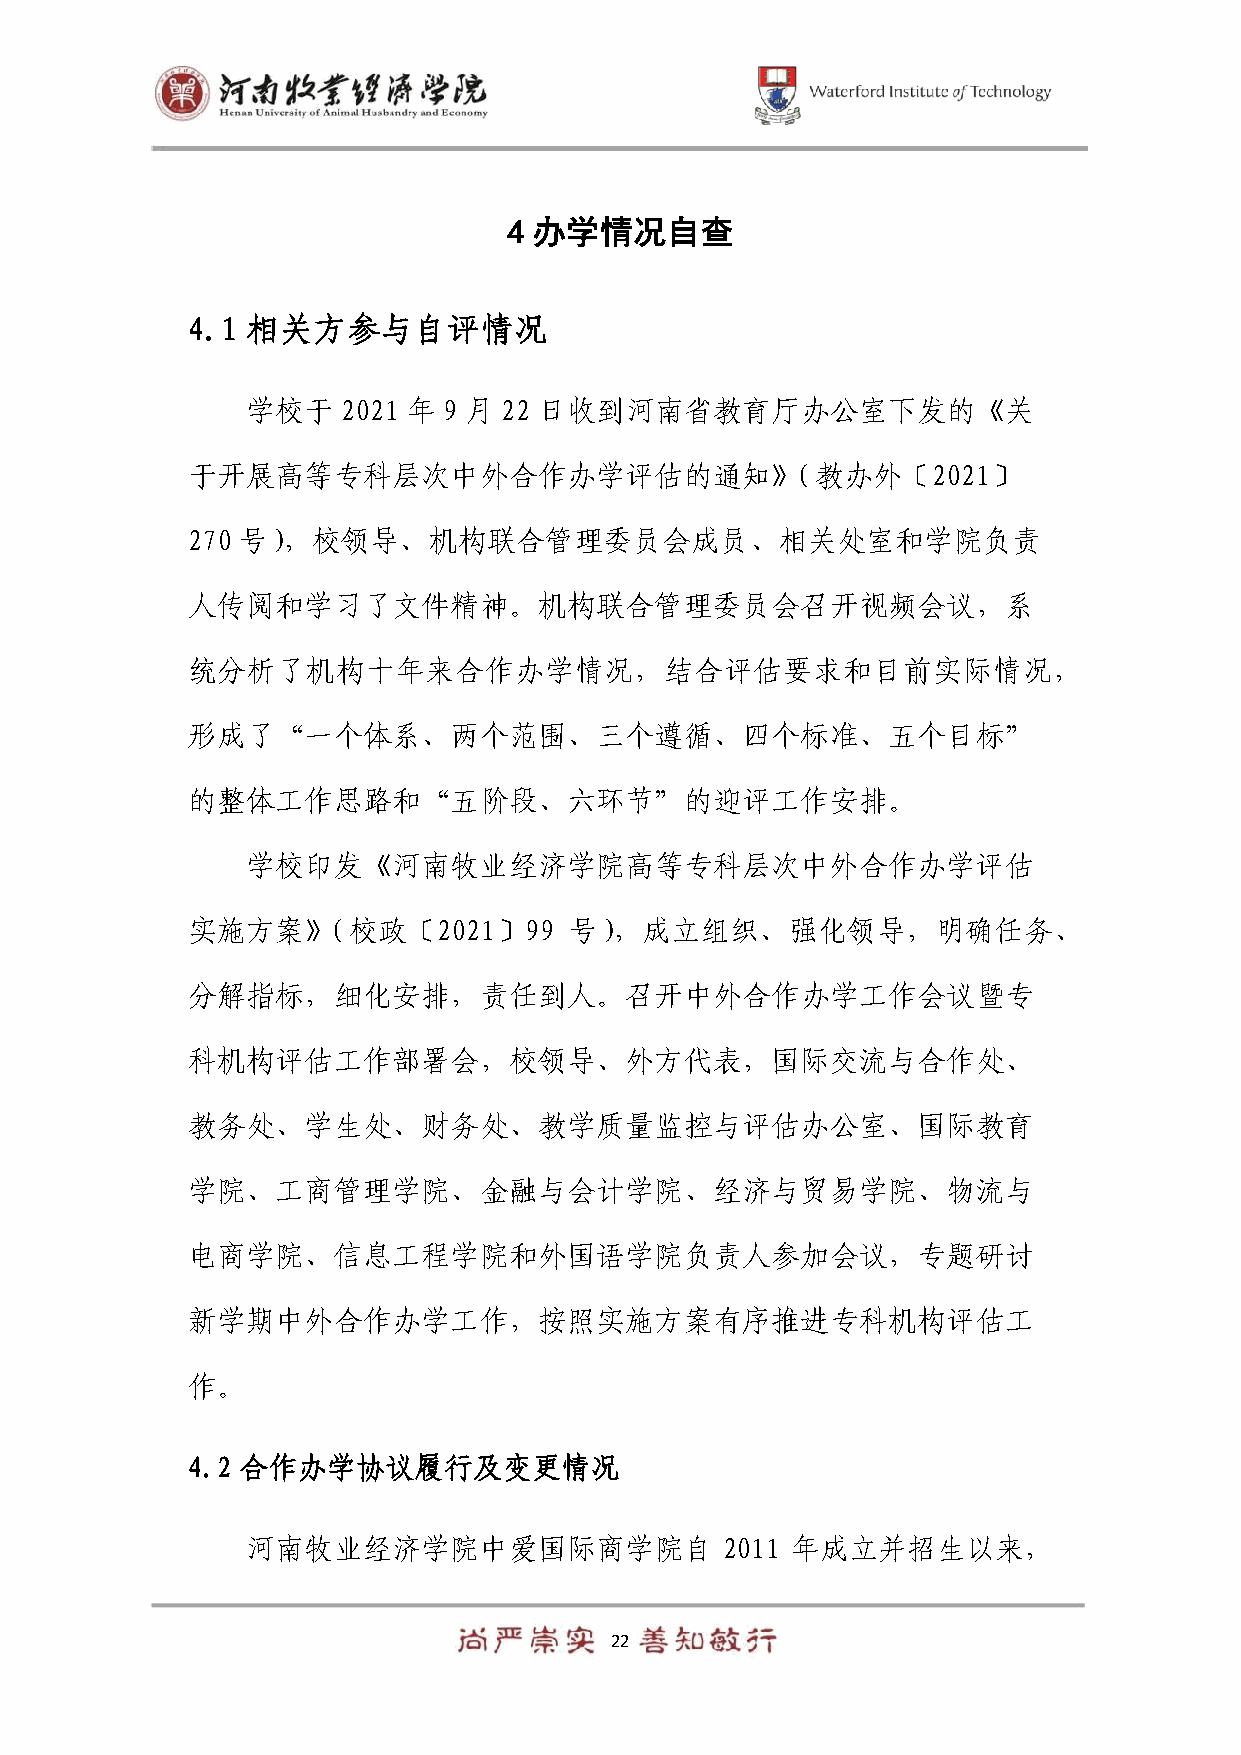
4 办学情况自查
 4.1 相关方参与自评情况
 学校于    2021 年 9 月 22 日收到河南省教育厅办公室下发的《关
 于开展高等专科层次中外合作办学评估的通知》（教办外〔2021〕
 270 号），校领导、机构联合管理委员会成员、相关处室和学院负责
 人传阅和学习了文件精神。机构联合管理委员会召开视频会议，系
 统分析了机构十年来合作办学情况，结合评估要求和目前实际情况，
 形成了“一个体系、两个范围、三个遵循、四个标准、五个目标”
 的整体工作思路和“五阶段、六环节”的迎评工作安排。
 学校印发《河南牧业经济学院高等专科层次中外合作办学评估
 实施方案》（校政〔2021〕99          号），成立组织、强化领导，明确任务、
 分解指标，细化安排，责任到人。召开中外合作办学工作会议暨专
 科机构评估工作部署会，校领导、外方代表，国际交流与合作处、
 教务处、学生处、财务处、教学质量监控与评估办公室、国际教育
 学院、工商管理学院、金融与会计学院、经济与贸易学院、物流与
 电商学院、信息工程学院和外国语学院负责人参加会议，专题研讨
 新学期中外合作办学工作，按照实施方案有序推进专科机构评估工
 作。
 4.2 合作办学协议履行及变更情况
 河南牧业经济学院中爱国际商学院自                2011 年成立并招生以来，
 22